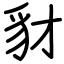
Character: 豺